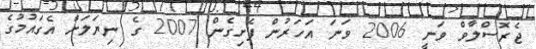
ޖެރޮސްލާވް ވަނީ 2006 ވަނަ އަހަރުން ފެށިގެން 2007 ގެ ނިޔަލަށް އެގައުމުގެ